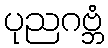
ပုညဂဗ္ဘံ